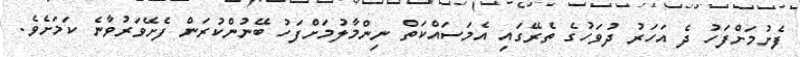
ފެށުމަށްފަހު ދެ އަހަރު ދުވަހުގެ ތެރޭގައި އެމަސައްކަތް ނިންމާލުމަށްފަހު ބޭނުންކުރަން ފެށޭވަރުވާނެ ކަމަށެވެ.